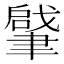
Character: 𦘥